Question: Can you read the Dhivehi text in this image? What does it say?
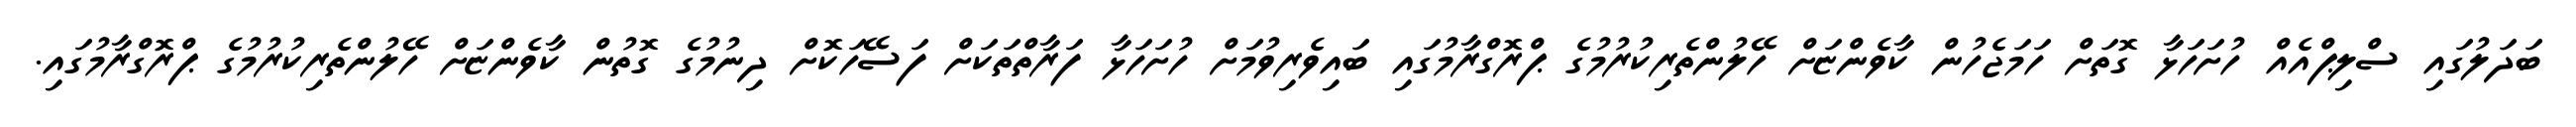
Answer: ބަދަލުގައި ސްލިޕްއެއް ހުށަހަޅާ ގޮތަށް ހަމަޖެހުން ކާވެންޏަށް ހޭލުންތެރިކުރުމުގެ ޕްރޮގްރާމުގައި ބައިވެރިވުމަށް ހުށަހަޅާ ފަރާތްތަކަށް ފަސޭހަކޮށް ދިނުމުގެ ގޮތުން ކާވެންޏަށް ހޭލުންތެރިކުރުމުގެ ޕްރޮގްރާމުގައި.